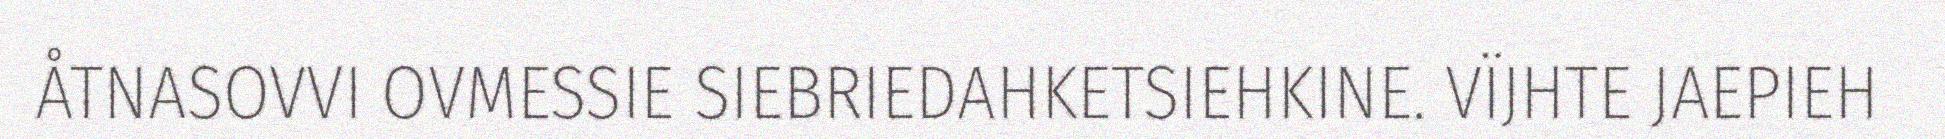
ÅTNASOVVI OVMESSIE SIEBRIEDAHKETSIEHKINE. VÏJHTE JAEPIEH